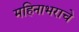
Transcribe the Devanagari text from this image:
महिनाभराचे